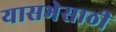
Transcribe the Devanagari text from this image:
यासभेसाठी